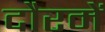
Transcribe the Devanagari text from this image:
दौरमें